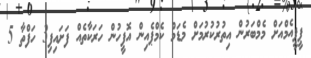
ޕީޕީއެމްއަށް މެމްބަރުން އިތުރުކުރުމަށް މެޑަމް ކެމްޕެއިން އޮފީހުން ހަރަކާތެއް ފަށައިފި3 ހަފްތާ 5